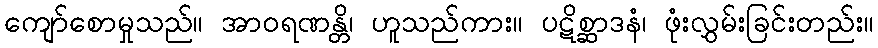
ကျော်စောမှုသည်။ အာဝရဏန္တိ၊ ဟူသည်ကား။ ပဋိစ္ဆာဒနံ၊ ဖုံးလွှမ်းခြင်းတည်း။